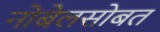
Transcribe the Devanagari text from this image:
नोबेलसोबत